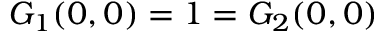
G _ { 1 } ( 0 , 0 ) = 1 = G _ { 2 } ( 0 , 0 )